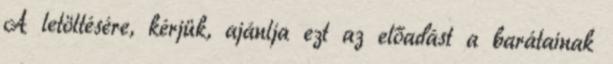
A letöltésére, kérjük, ajánlja ezt az előadást a barátainak